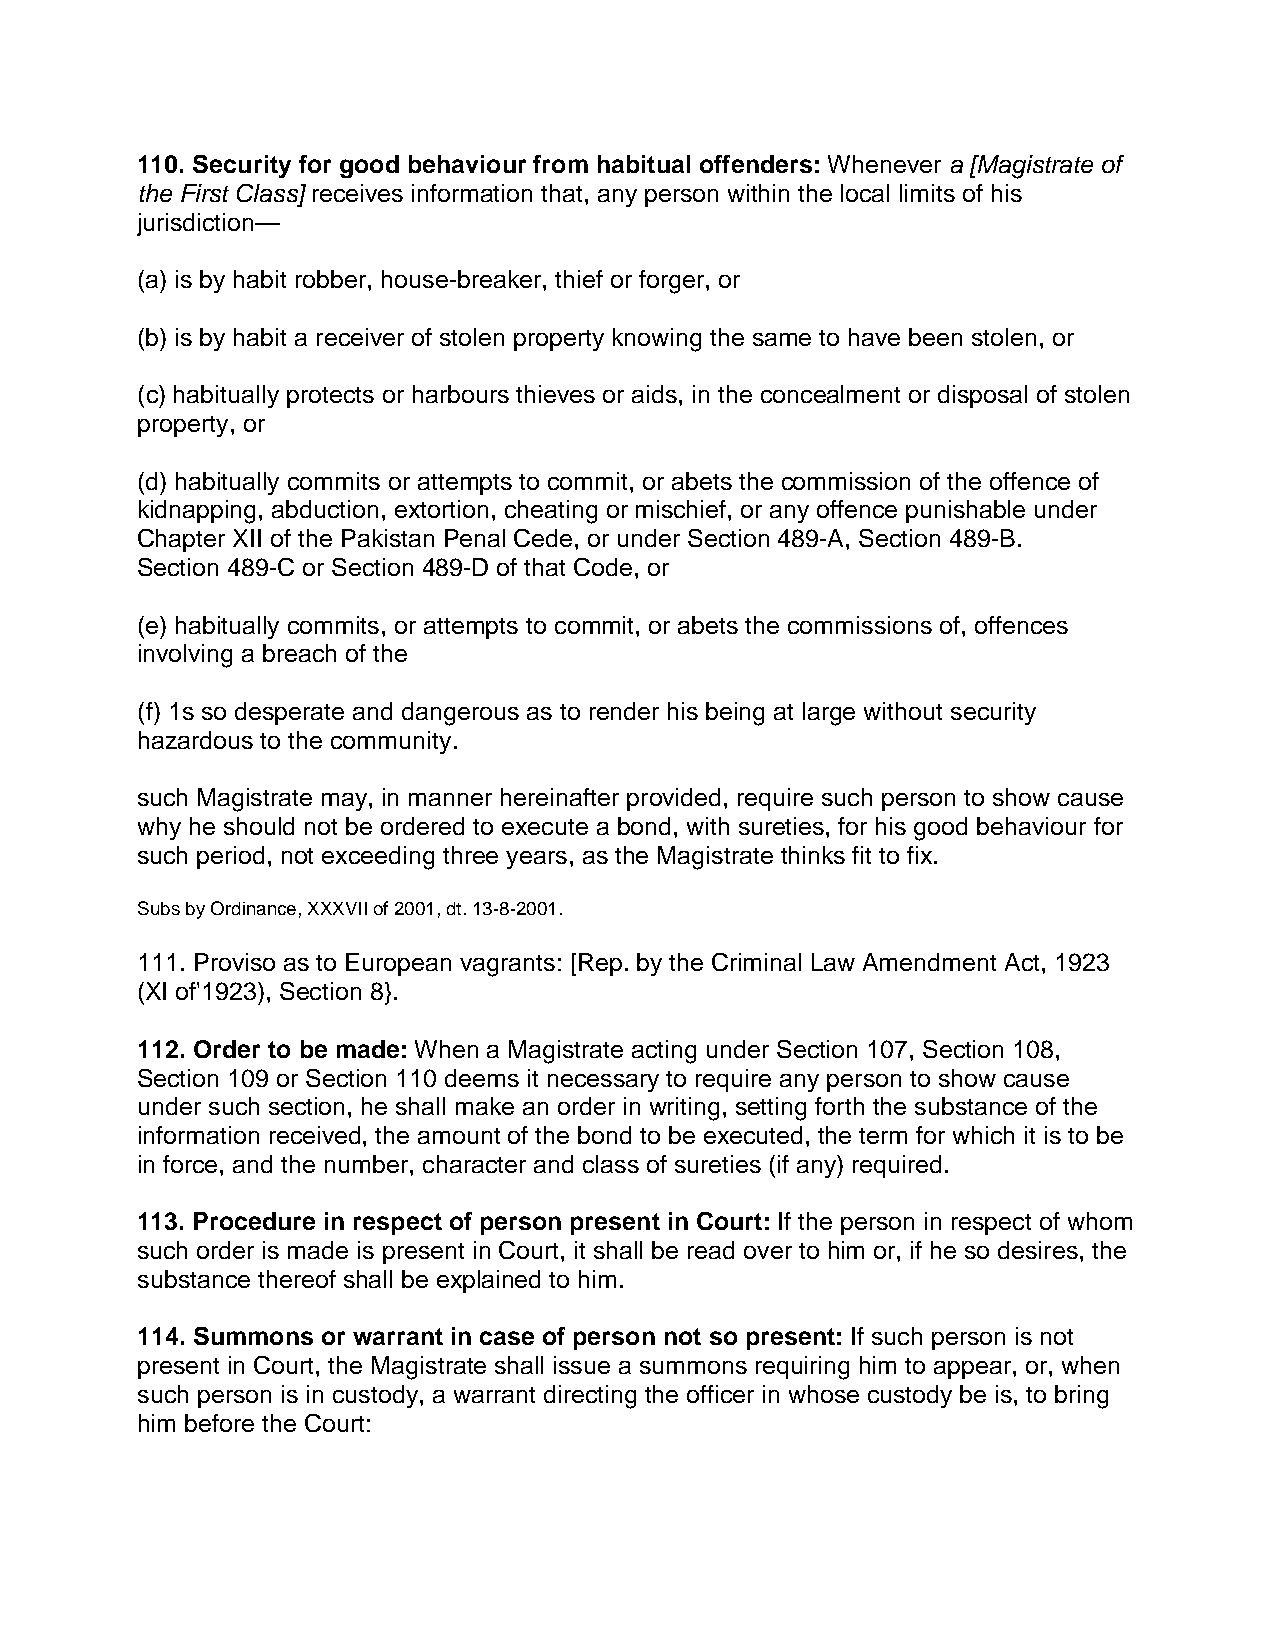
110. Security for good behaviour from habitual offenders: Whenever a [Magistrate of
 the First Class] receives information that, any person within the local limits of his
 jurisdiction—
 (a) is by habit robber, house-breaker, thief or forger, or
 (b) is by habit a receiver of stolen property knowing the same to have been stolen, or
 (c) habitually protects or harbours thieves or aids, in the concealment or disposal of stolen
 property, or
 (d) habitually commits or attempts to commit, or abets the commission of the offence of
 kidnapping, abduction, extortion, cheating or mischief, or any offence punishable under
 Chapter XII of the Pakistan Penal Cede, or under Section 489-A, Section 489-B.
 Section 489-C or Section 489-D of that Code, or
 (e) habitually commits, or attempts to commit, or abets the commissions of, offences
 involving a breach of the
 (f) 1s so desperate and dangerous as to render his being at large without security
 hazardous to the community.
 such Magistrate may, in manner hereinafter provided, require such person to show cause
 why he should not be ordered to execute a bond, with sureties, for his good behaviour for
 such period, not exceeding three years, as the Magistrate thinks fit to fix.
 Subs by Ordinance, XXXVII of 2001, dt. 13-8-2001.
 111. Proviso as to European vagrants: [Rep. by the Criminal Law Amendment Act, 1923
 (XI of'1923), Section 8}.
 112. Order to be made: When a Magistrate acting under Section 107, Section 108,
 Section 109 or Section 110 deems it necessary to require any person to show cause
 under such section, he shall make an order in writing, setting forth the substance of the
 information received, the amount of the bond to be executed, the term for which it is to be
 in force, and the number, character and class of sureties (if any) required.
 113. Procedure in respect of person present in Court: If the person in respect of whom
 such order is made is present in Court, it shall be read over to him or, if he so desires, the
 substance thereof shall be explained to him.
 114. Summons or warrant in case of person not so present: If such person is not
 present in Court, the Magistrate shall issue a summons requiring him to appear, or, when
 such person is in custody, a warrant directing the officer in whose custody be is, to bring
 him before the Court: